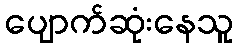
ပျောက်ဆုံးနေသူ